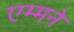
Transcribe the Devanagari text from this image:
एम्मने